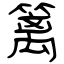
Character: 篱